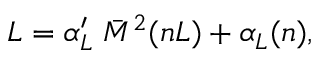
L = \alpha _ { L } ^ { \prime } \; \bar { M } ^ { 2 } ( n L ) + \alpha _ { L } ( n ) ,